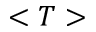
< T >